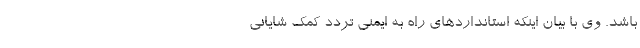
باشد. وی با بیان اینکه استانداردهای راه به ایمنی تردد کمک شایانی